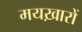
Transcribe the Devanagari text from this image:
मयख़ारों